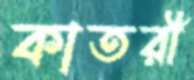
কাতরী